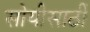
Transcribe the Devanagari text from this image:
सोयीसाठीं